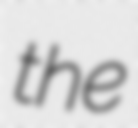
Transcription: the